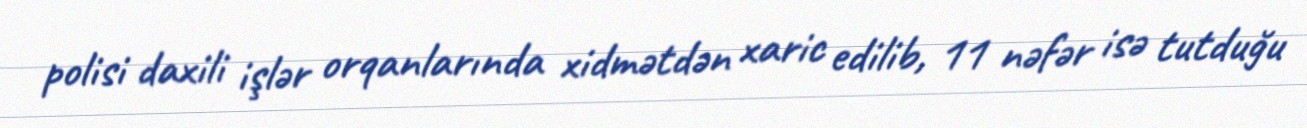
polisi daxili işlər orqanlarında xidmətdən xaric edilib, 11 nəfər isə tutduğu